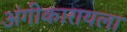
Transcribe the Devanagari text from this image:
अंगीकारायला